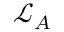
\mathcal { L } _ { A }